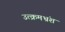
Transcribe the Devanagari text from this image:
उत्क्रमभ्रंश